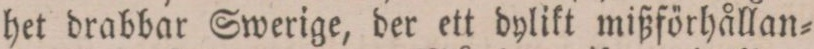
het drabbar Swerige, der ett dylikt mißförhållan=